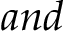
a n d